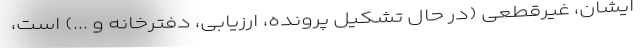
ایشان، غیرقطعی (در حال تشکیل پرونده، ارزیابی، دفترخانه و ...) است،